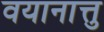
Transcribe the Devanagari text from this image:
वयानात्तु